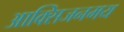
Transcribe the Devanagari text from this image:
आक्सिजनमय